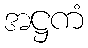
အဋ္ဌကံ